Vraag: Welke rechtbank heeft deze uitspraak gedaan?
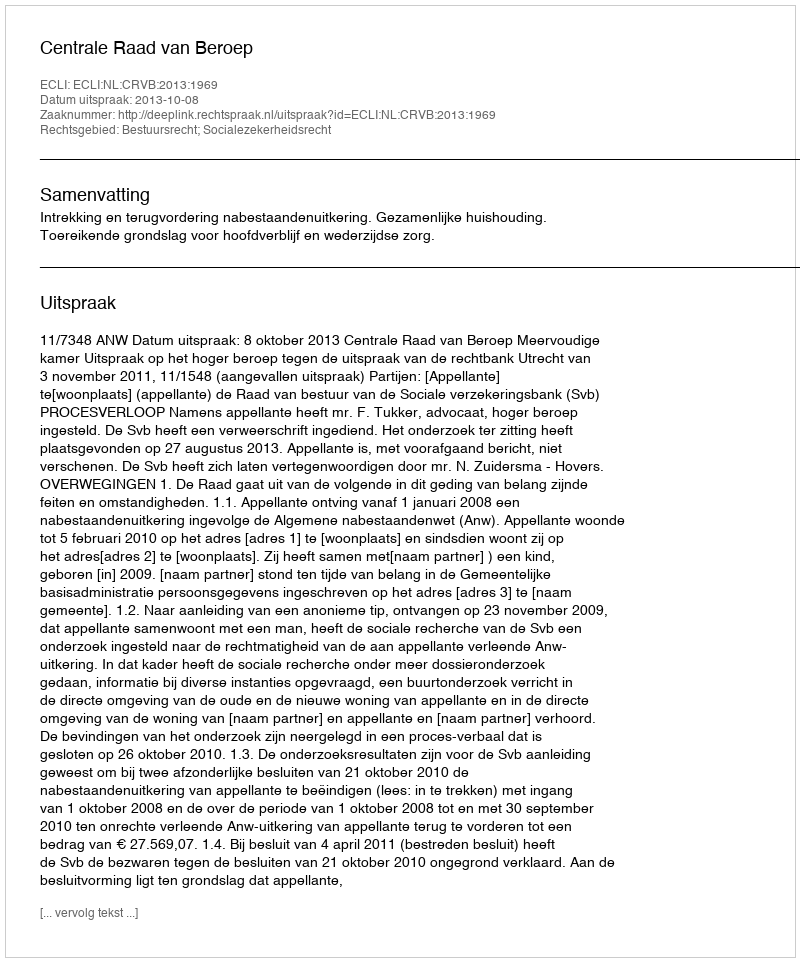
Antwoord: Centrale Raad van Beroep